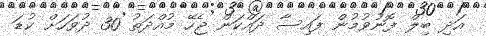
އަދި ބިލް ފޮނުވުމުން ފައިސާ ދައްކަން ޖެހޭ މުއްދަތު 30 ދުވަހަށް ކުޑަ